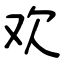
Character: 欢